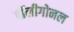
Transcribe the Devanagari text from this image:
पॉलीगोनल